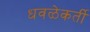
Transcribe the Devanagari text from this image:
धवळेकर्ती